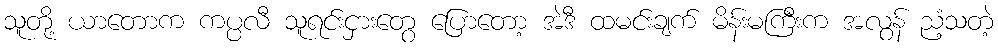
သူတို့ ယာတောက ကပ္ပလီ သူရင်းငှားတွေ ပြောတော့ အဲဒီ ထမင်းချက် မိန်းမကြီးက အလွန် ညံ့သတဲ့